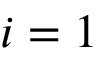
i = 1